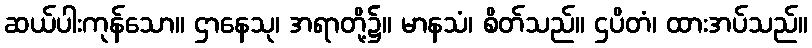
ဆယ်ပါးကုန်သော။ ဌာနေသု၊ အရာတို့၌။ မာနသံ၊ စိတ်သည်။ ဌပိတံ၊ ထားအပ်သည်။